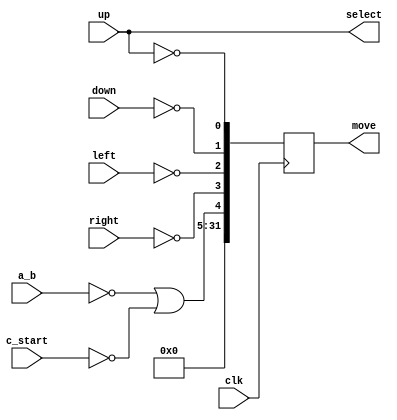
//******************************************************************************
// EE108b MIPS verilog model
//
// Sega_ctl.v
//
// Converts input from the Sega gamepad into a 32-bit word
//
// If you want to change the interface, talk to the TAs before modifying this file
//
// written by Neil Achtman, 8/15/03
//
//******************************************************************************

module Sega_ctl (clk, up, down, left, right, a_b, c_start, select, move);

	input		clk;		// 50 MHz
	
	input		up, down, left, right, a_b, c_start;

	output [31:0]	move;
	reg [31:0]	move;

	output		select;

	assign select = up;

	// assign inputs to data word, converting from active low to active high
	
	always @(posedge clk) begin
		move[31:0] <= {27'b0, ~a_b | ~c_start, ~right, ~left, ~down, ~up};
	end

endmodule